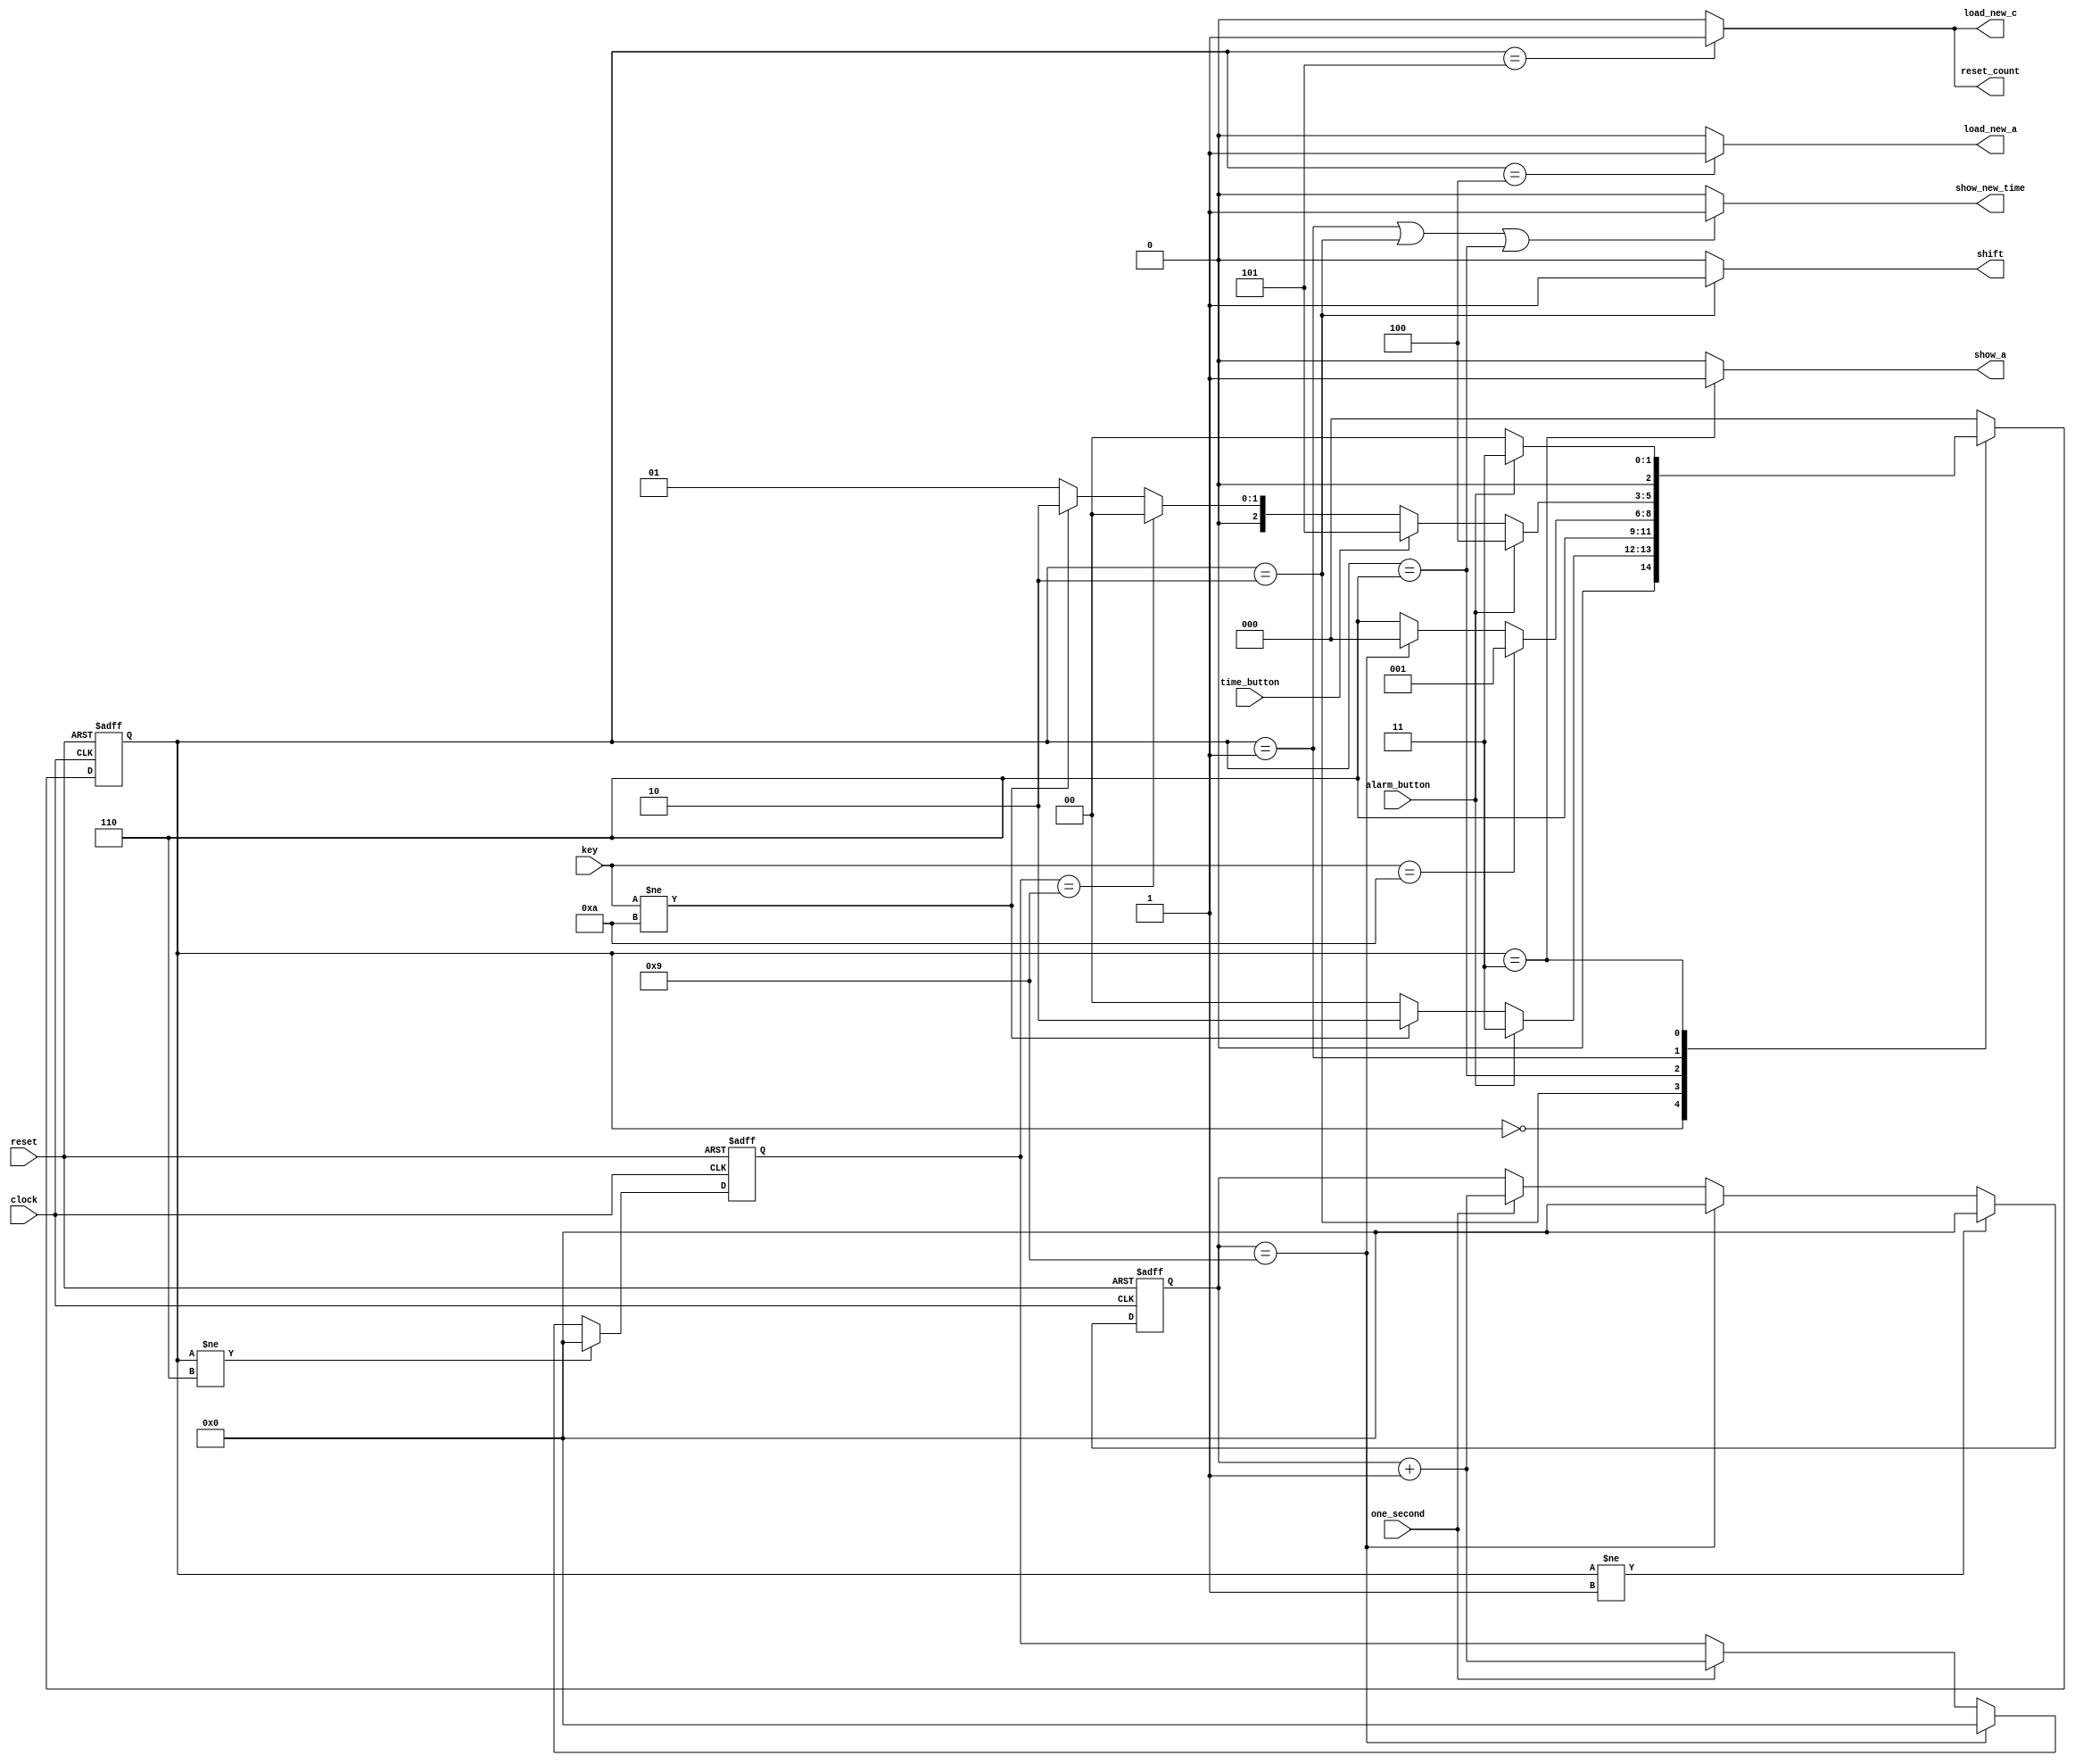
module fsm (clock,
            reset,
            one_second,
            time_button,
            alarm_button,
            key,
            reset_count,
            load_new_a,
            show_a,
            show_new_time,              
            load_new_c,              
            shift);
input clock,reset,one_second,alarm_button,time_button;
input [3:0] key;
output reset_count,load_new_c,show_new_time,show_a,load_new_a,shift;       
reg [2:0] pre_state,next_state;
wire time_out;
reg [3:0] count1,count2;
parameter SHOW_TIME         = 3'b000;
parameter KEY_ENTRY         = 3'b001;
parameter KEY_STORED        = 3'b010; 
parameter SHOW_ALARM        = 3'b011;
parameter SET_ALARM_TIME    = 3'b100;
parameter SET_CURRENT_TIME  = 3'b101;
parameter KEY_WAITED        = 3'b110;
parameter NOKEY             = 10;

//Counts 10 seconds pulses for KEY_ENTRY state
always @ (posedge clock or posedge reset)
begin
if(reset)
count1<=1'b0;
else if (pre_state!=KEY_ENTRY)
count1<=1'b0;
else if (count1==4'b1001)
count1<=1'b0;
else if (one_second)
count1<=count1+1;
end

//Counts 10 seconds pulses for KEY_WAITED state
 always @ (posedge clock or posedge reset)
begin
if(reset)
count2<=1'b0;
else if (pre_state!=KEY_WAITED)
count2<=1'b0;
else if (count1==4'b1001)
count2<=1'b0;
else if (one_second)
count2<=count1+1;
end


assign time_out = ((count1==9)||(count2==9))?0:1;

always @ (posedge clock or posedge reset) 
begin
if(reset)
pre_state=SHOW_TIME;
else 
pre_state=next_state; 
 

end

always @ (pre_state or key or alarm_button or time_button or time_out)
begin
  case(pre_state)
       SHOW_TIME  : begin
		        if(alarm_button)
		         next_state=SHOW_ALARM;
                 else if(key !=NOKEY)
		             next_state=KEY_STORED;
           		 else
		           next_state=SHOW_TIME;
                    end
   
       KEY_STORED : next_state = KEY_WAITED;
   
       KEY_WAITED : begin
                    if (key== NOKEY)
						  next_state=KEY_ENTRY;
						  else if (count1==4'b1001)
						  next_state=SHOW_TIME;
						  else
						  next_state=KEY_WAITED;
	           end
       KEY_ENTRY  : begin
                    if(alarm_button)
						  next_state=SET_ALARM_TIME;
                      else if (time_button)
							 next_state=SET_CURRENT_TIME;
                    else if(count2==4'b1001)
						  next_state=SHOW_TIME;
                     else if(key!=NOKEY)
							next_state=KEY_STORED;
		       else
				 next_state=KEY_ENTRY;
                    end
      SHOW_ALARM  : begin
                      	  if(alarm_button)
								  next_state=SHOW_ALARM;
								  else
								  next_state=SHOW_TIME;
								  end
   SET_ALARM_TIME : next_state=SHOW_TIME;
   SET_CURRENT_TIME : next_state=SHOW_TIME;
          default : next_state = SHOW_TIME;

  endcase
end     
assign show_new_time=((pre_state==KEY_ENTRY)||(pre_state==KEY_STORED)||(pre_state==KEY_WAITED)) ?1:0;
assign show_a=(pre_state ==SHOW_ALARM)?1:0;
assign load_new_a=(pre_state==SET_ALARM_TIME)?1:0;
assign load_new_c =(pre_state==SET_CURRENT_TIME)?1:0;
assign reset_count=(pre_state==SET_CURRENT_TIME)?1:0;
assign shift=(pre_state==KEY_STORED)?1:0;

endmodule